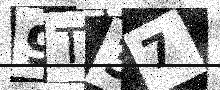
Text: 9T37